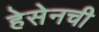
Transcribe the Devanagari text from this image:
हेसेनची